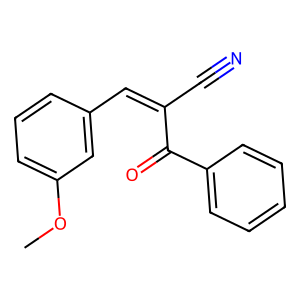
SMILES: COc1cccc(C=C(C#N)C(=O)c2ccccc2)c1
Inhibits HIV replication: No